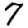
Digit: 7